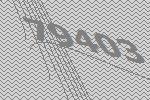
79403